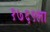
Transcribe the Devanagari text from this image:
१७६९ला